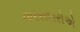
વારસદારોએ